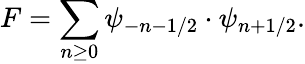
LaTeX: F=\sum_{n\geq 0}\psi_{-n-1/2}\cdot\psi_{n+1/2}.